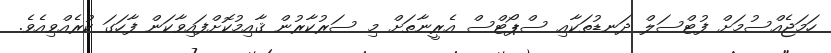
ހަމަޖެއްސުމަށް ފުޓްސަލް ދަނޑުތަކާއި ސްޕޯޓްސް އެރީނާތަށް މި ސަރުކާރުން ޤާއިމުކޮށްފައިވާކަން ފާހަގަ ކުރެއްވިއެވެ.